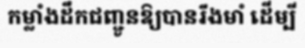
កម្លាំងដឹកជញ្ជូនឱ្យបានរឹងមាំ ដើម្បី